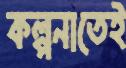
কল্পনাতেই